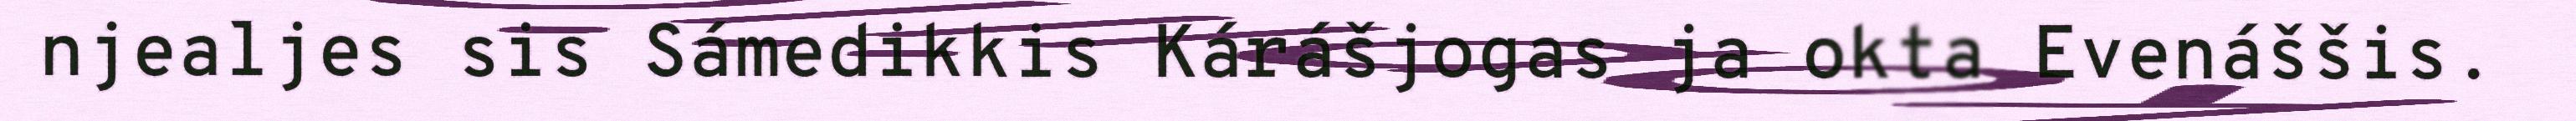
njealjes sis Sámedikkis Kárášjogas ja okta Evenáššis.